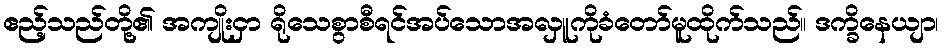
ဧည့်သည်တို့၏ အကျိုးငှာ ရိုသေစွာစီရင်အပ်သောအလှူကိုခံတော်မူထိုက်သည်။ ဒက္ခိနေယျာ၊